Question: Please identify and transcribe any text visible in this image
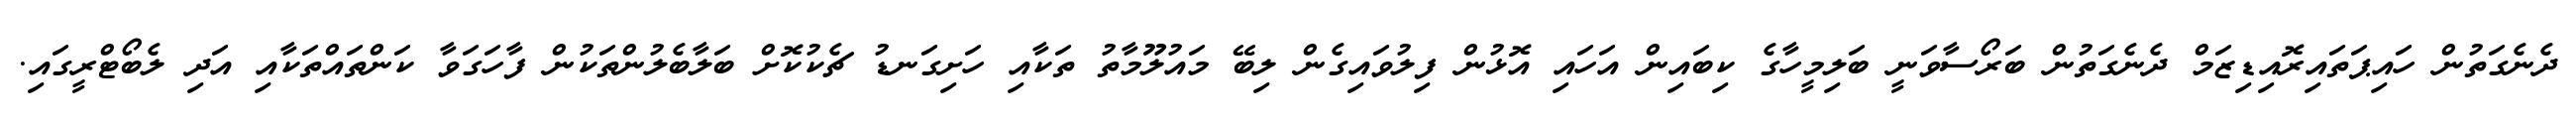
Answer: ދެނެގަތުން ހައިޕަތައިރޮއިޑިޒަމް ދެނެގަތުން ބަރޯސާވަނީ ބަލިމީހާގެ ކިބައިން އަހައި އޮޅުން ފިލުވައިގެން ލިބޭ މައުލޫމާތު ތަކާއި ހަށިގަނޑު ޗެކުކޮށް ބަލާބެލުންތަކުން ފާހަގަވާ ކަންތައްތަކާއި އަދި ލެބޯޓްރީގައި.